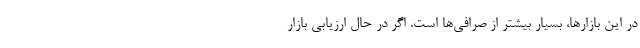
در این بازارها، بسیار بیشتر از صرافی‌ها است. اگر در حال ارزیابی بازار